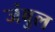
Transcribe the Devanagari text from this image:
जंबुल